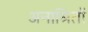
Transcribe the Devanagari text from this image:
अनाश्रितों